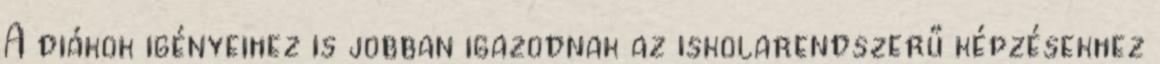
A diákok igényeihez is jobban igazodnak az iskolarendszerű képzésekhez